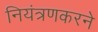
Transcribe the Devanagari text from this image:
नियंत्रणकरने